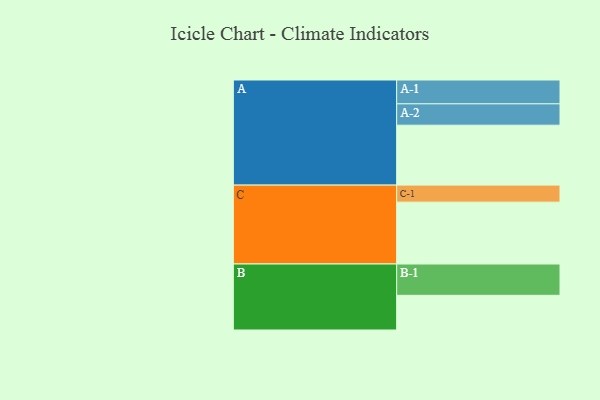
{"axis": {"x": "Segment", "y": "Value"}, "legend": ["", "A", "B", "C"], "data": [{"x": "A", "y": 553, "type": ""}, {"x": "B", "y": 320, "type": ""}, {"x": "C", "y": 571, "type": ""}, {"x": "A-1", "y": 220, "type": "A"}, {"x": "A-2", "y": 197, "type": "A"}, {"x": "B-1", "y": 289, "type": "B"}, {"x": "C-1", "y": 157, "type": "C"}]}